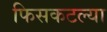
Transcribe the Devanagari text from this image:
फिसकटल्या